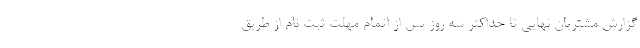
گزارش مشتریان نهایی تا حداکثر سه روز پس از اتمام مهلت ثبت نام از طریق